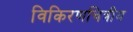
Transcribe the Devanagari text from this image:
विकिरणचित्रीय